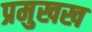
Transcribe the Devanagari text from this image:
प्रमुखख